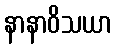
နာနာဝိသယာ